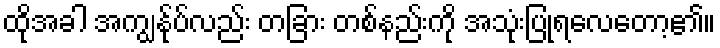
ထိုအခါ အကျွန်ုပ်လည်း တခြား တစ်နည်းကို အသုံးပြုရလေတော့၏။